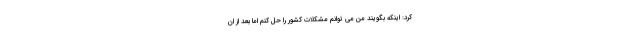
کرد: اینکه بگویند من می توانم مشکلات کشور را حل کنم اما بعد از ان